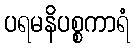
ပရမနိပစ္စကာရံ